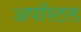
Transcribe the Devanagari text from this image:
अपॉस्टल